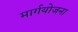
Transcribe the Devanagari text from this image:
मार्गयोजना